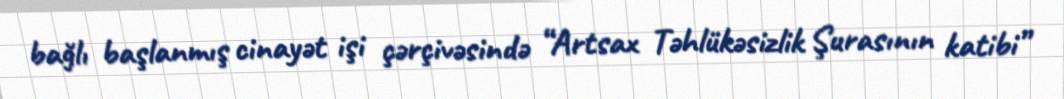
bağlı başlanmış cinayət işi çərçivəsində “Artsax Təhlükəsizlik Şurasının katibi”